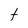
Character: t